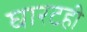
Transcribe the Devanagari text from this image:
घारटही